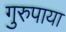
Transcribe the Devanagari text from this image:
गुरुपाया